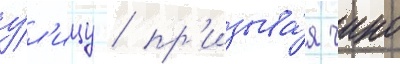
у́л'ицу / пр'изыва́я чино